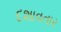
દશાવતાર